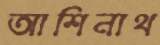
আশিনাথ